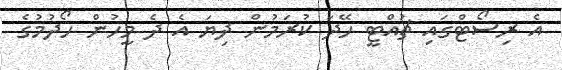
އެ ރިސޯޓްގައި ޗުއްޓީ ހޭދަ ކުރަމުން ދިޔަ އެ ދެ މީހުން ހޯދުމުގެ